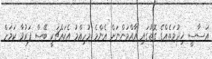
އަސާސީ ޚިދުމަތެއްގެ ގޮތުގައި އާއްމުންނަށް އެންމެ މުހިއްމު އެކައްޗަކީ ބޭސް ފަރުވާ ކަމަށް